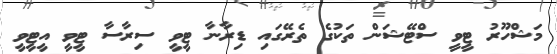
މަޝްހޫރު ޓީވީ ސްޓޭޝަން ތަކުގެ ތެރޭގައި ޑިރާނާ ޓީވީ ސިރާސާ ޓީވީ އީޓީވީ